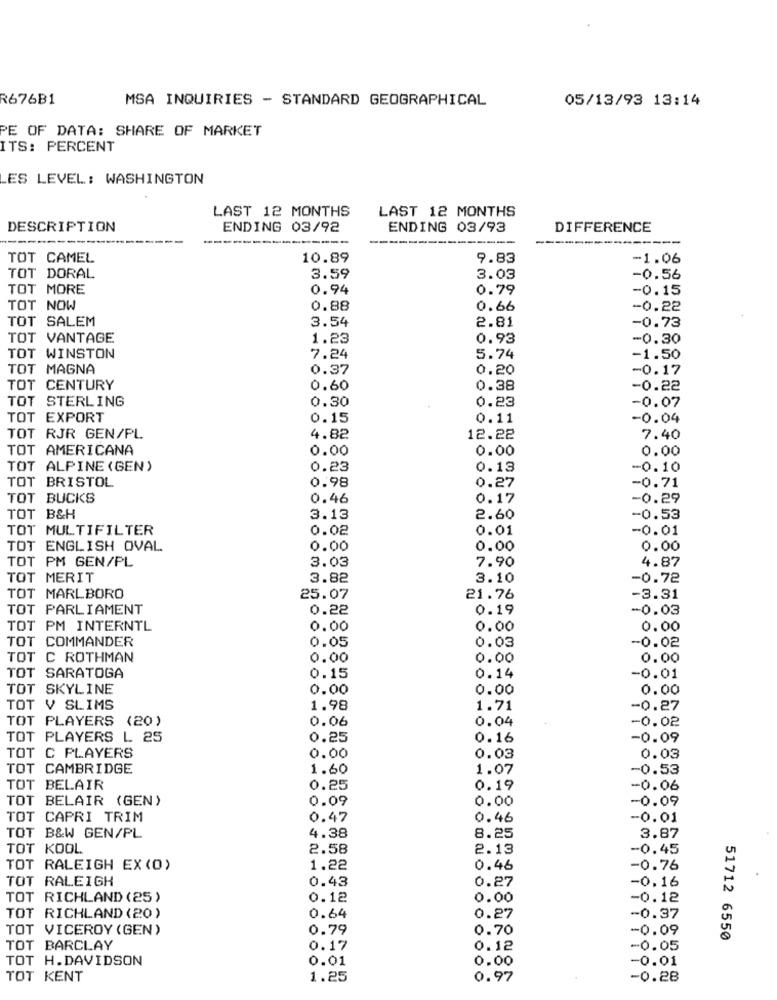
R676B1
MSA INQUIRIES - STANDARD GEOGRAPHICAL
05/13/93 13:14
PE OF DATA: SHARE OF MARKET
ITS: PERCENT
ES LEVEL: WASHINGTON
LAST 12 MONTHS
LAST 12 MONTHS
DESCRIPTION
ENDING 03/92
ENDING 03/93
DIFFERENCE
--
TOT CAMEL
10.89
9.83
-1.06
TOT DORAL
3.59
3.03
-0.56
TOT MORE
0.94
0.79
-0.15
TOT NOW
0.88
0.66
-0.22
TOT SALEM
3.54
2.81
-0.73
TOT VANTAGE
1.23
0.93
-0.30
TOT WINSTON
7.24
5.74
-1.50
TOT MAGNA
0.37
0,20
-0.17
TOT CENTURY
0.60
0.38
-0.22
TOT STERLING
0.30
0.23
-0.07
TOT EXPORT
0.15
0.11
-0.04
TOT RJR GEN/PL
4.82
12.22
7.40
TOT AMERICANA
0.00
0.00
0.00
TOT ALPINE (GEN)
0.23
0.13
-0.10
TOT BRISTOL
0.98
0.27
-0.71
TOT BUCKS
0.46
0.17
-0.29
TOT B&H
3.13
2.60
-0.53
TOT MULTIFILTER
0.02
0.01
-0.01
TOT ENGLISH OVAL
0.00
0.00
0.00
TOT PM GEN/PL
3.03
7.90
4.87
TOT MERIT
3.82
3.10
-0.72
TOT MARLBORO
25.07
21.76
-3.31
TOT PARLIAMENT
0.22
0.19
-0.03
TOT PM INTERNTL
0.00
0.00
0.00
TOT COMMANDER
0.05
0.03
-0.02
TOT C ROTHMAN
0.00
0.00
0.00
TOT SARATOGA
0.15
0.14
-0.01
TOT SKYLINE
0.00
0.00
0.00
TOT V SLIMS
1.98
1.71
-0.27
TOT PLAYERS (20)
0.06
0.04
-0.02
TOT PLAYERS L 25
0.25
0.16
-0.09
TOT C PLAYERS
0.00
0.03
0.03
TOT CAMBRIDGE
1.60
1.07
-0.53
TOT BELAIR
0.25
0.19
-0.06
TOT BELAIR (GEN)
0.09
0.00
-0.09
TOT CAPRI TRIM
0.47
0.46
-0.01
4.38
TOT B&W GEN/PL
8.25
3.87
TOT KOOL
2.58
2.13
-0.45
TOT RALEIGH EX (0)
1.22
0.46
-0.76
TOT RALEIGH
0.43
0.27
-0.16
TOT RICHLAND (25)
0.12
0.00
-0.12
TOT RICHLAND (20)
0.64
0.27
-0.37
TOT VICEROY (GEN)
0.79
0.70
-0.09
51712 6550
TOT BARCLAY
0.17
0.12
-0.05
TOT H.DAVIDSON
0.01
0.00
-0.01
TOT KENT
1.25
0.97
-0.28